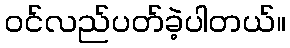
ဝင်လည်ပတ်ခဲ့ပါတယ်။